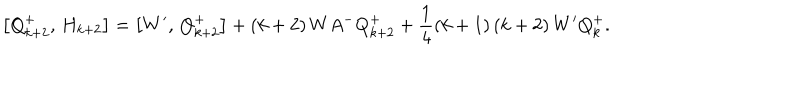
\left[ Q _ { k + 2 } ^ { + } , \, H _ { k + 2 } \right] = \left[ W ^ { \prime } , \, Q _ { k + 2 } ^ { + } \right] + \left( k + 2 \right) W A ^ { - } Q _ { k + 2 } ^ { + } + \frac 1 4 \left( k + 1 \right) \left( k + 2 \right) W ^ { \prime } Q _ { k } ^ { + } .